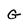
Character: G